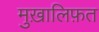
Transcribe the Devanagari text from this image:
मुख़ालिफ़त